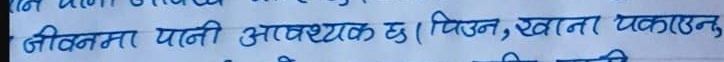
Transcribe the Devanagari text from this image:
जीवनमा पानी आवश्यक छ । पिउन, स्नान पकाउनु